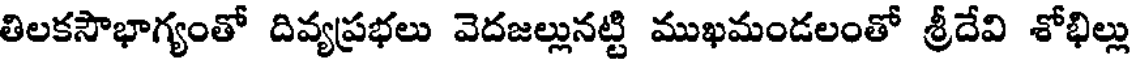
తిలకసౌభాగ్యంతో దివ్యప్రభలు వెదజల్లునట్టి ముఖమండలంతో శ్రీదేవి శోభిల్లు